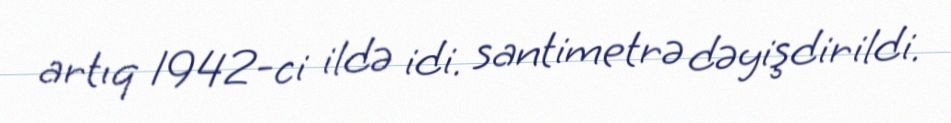
artıq 1942-ci ildə idi. santimetrə dəyişdirildi.